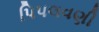
પિપલવણી